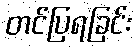
တင်ပြရခြင်း